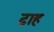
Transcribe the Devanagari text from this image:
ढाह